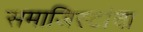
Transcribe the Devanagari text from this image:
समाजिस्टांचा